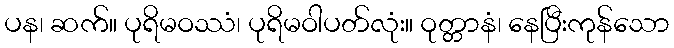
ပန၊ ဆက်။ ပုရိမဝဿံ၊ ပုရိမဝါပတ်လုံး။ ဝုတ္တာနံ၊ နေပြီးကုန်သော